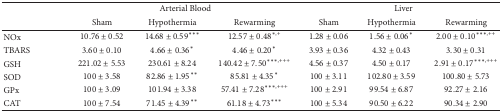
<table><thead><tr><td><b> </b></td><td colspan="3"><b>Arterial Blood</b></td><td colspan="3"><b>Liver</b></td></tr><tr><td><b> </b></td><td><b>Sham</b></td><td><b>Hypothermia</b></td><td><b>Rewarming</b></td><td><b>Sham</b></td><td><b>Hypothermia</b></td><td><b>Rewarming</b></td></tr></thead><tbody><tr><td>NOx</td><td>10.76 ± 0.52</td><td>14.68 ± 0.59***</td><td>12.57 ± 0.48<sup>∗,+</sup></td><td>1.28 ± 0.06</td><td>1.56 ± 0.06*</td><td>2.00 ± 0.10<sup>∗∗∗,++</sup></td></tr><tr><td>TBARS </td><td>3.60 ± 0.10</td><td>4.66 ± 0.36*</td><td>4.46 ± 0.20*</td><td>3.93 ± 0.36</td><td>4.32 ± 0.43</td><td>3.30 ± 0.31</td></tr><tr><td>GSH </td><td>221.02 ± 5.53</td><td>230.61 ± 8.24</td><td>140.42 ± 7.50<sup>∗∗∗,+++</sup></td><td>4.56 ± 0.37</td><td>4.50 ± 0.17</td><td>2.91 ± 0.17<sup>∗∗∗,+++</sup></td></tr><tr><td>SOD </td><td>100 ± 3.58</td><td>82.86 ± 1.95**</td><td>85.81 ± 4.35*</td><td>100 ± 3.11</td><td>102.80 ± 3.59</td><td>100.80 ± 5.73</td></tr><tr><td>GPx </td><td>100 ± 3.09</td><td>101.94 ± 3.38</td><td>57.41 ± 7.28<sup>∗∗∗,+++</sup></td><td>100 ± 2.91</td><td>99.54 ± 6.87</td><td>92.27 ± 2.16</td></tr><tr><td>CAT </td><td>100 ± 7.54</td><td>71.45 ± 4.39**</td><td>61.18 ± 4.73***</td><td>100 ± 5.34</td><td>90.50 ± 6.22</td><td>90.34 ± 2.90</td></tr></tbody></table>